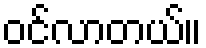
ဝင်လာတယ်။